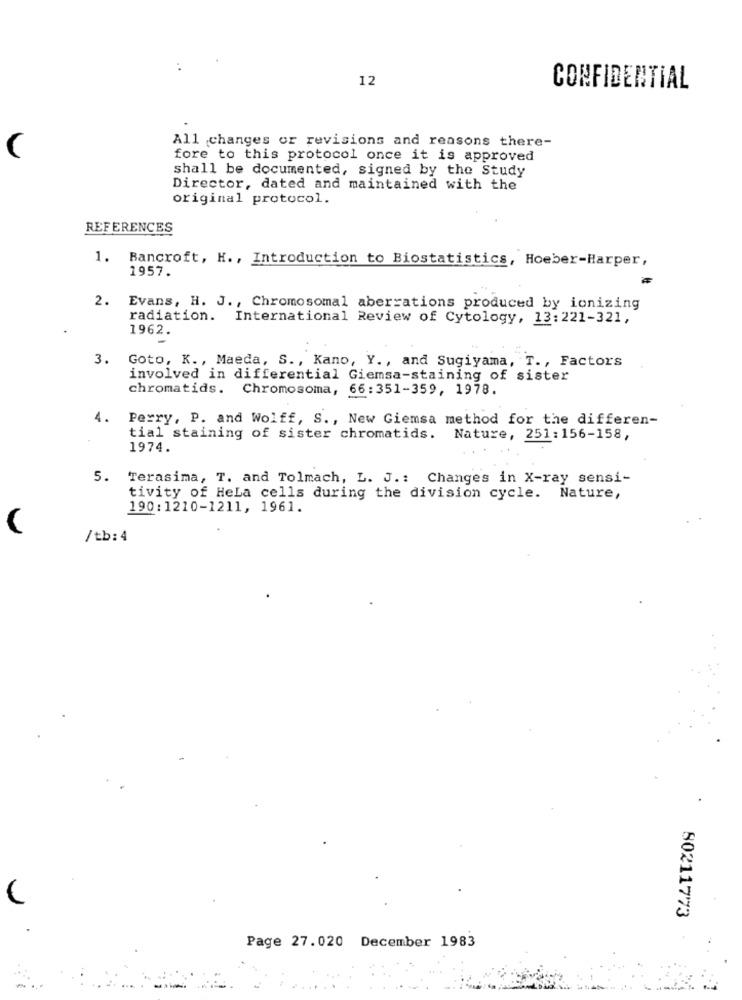
12
CONFIDENTIAL
All changes or revisions and reasons there-
fore to this protocol once it is approved
shall be documented, signed by the Study
Director, dated and maintained with the
original protocol.
REFERENCES
1.
Bancroft, H ., Introduction to Biostatistics, Hoeber-Harper,
1957.
2.
Evans, H. J ., Chromosomal aberrations produced by ionizing
radiation. International Review of Cytology, 13:221-321,
1962.
3.
Goto, K ., Maeda, S ., Kano, Y ., and Sugiyama, T ., Factors
involved in differential Giemsa-staining of sister
chromatids. Chromosoma, 66:351-359, 1978.
4.
Perry, P. and Wolff, S ., New Giemsa method for the differen-
tial staining of sister chromatids. Nature, 251:156-158,
1974.
5. Terasima, T. and Tolmach, L. J .: Changes in X-ray sensi-
tivity of HeLa cells during the division cycle. Nature,
190:1210-1211, 1961.
/tb: 4
80211773
Page 27.020 December 1983